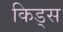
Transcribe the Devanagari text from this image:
किड्‍स